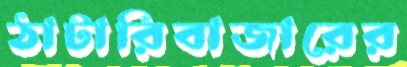
ঠাটারিবাজারের